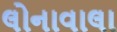
લોનાવાલા